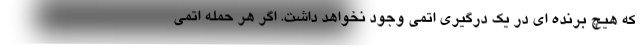
که هیچ برنده ای در یک درگیری اتمی وجود نخواهد داشت. اگر هر حمله اتمی